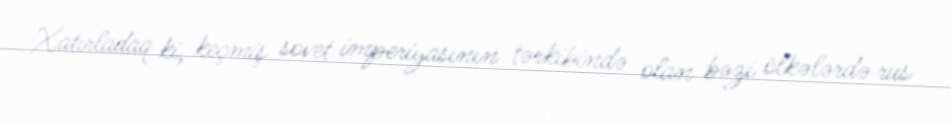
Xatırladaq ki, keçmiş sovet imperiyasının tərkibində olan bəzi ölkələrdə rus